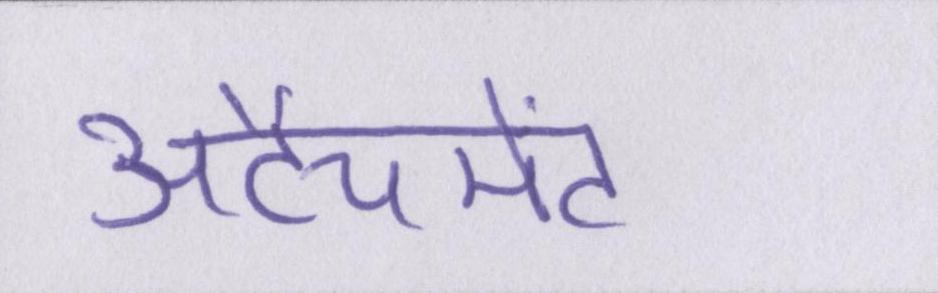
अटैचमेंट